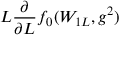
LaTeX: L \frac { \partial } { \partial L } f _ { 0 } ( W _ { 1 L } , g ^ { 2 } )